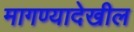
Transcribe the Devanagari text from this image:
मागण्यादेखील